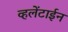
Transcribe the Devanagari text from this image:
व्हलेंटाईन